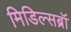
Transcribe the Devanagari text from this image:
मिडिल्सब्रॉ